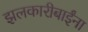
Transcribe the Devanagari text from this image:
झलकारीबाईंना